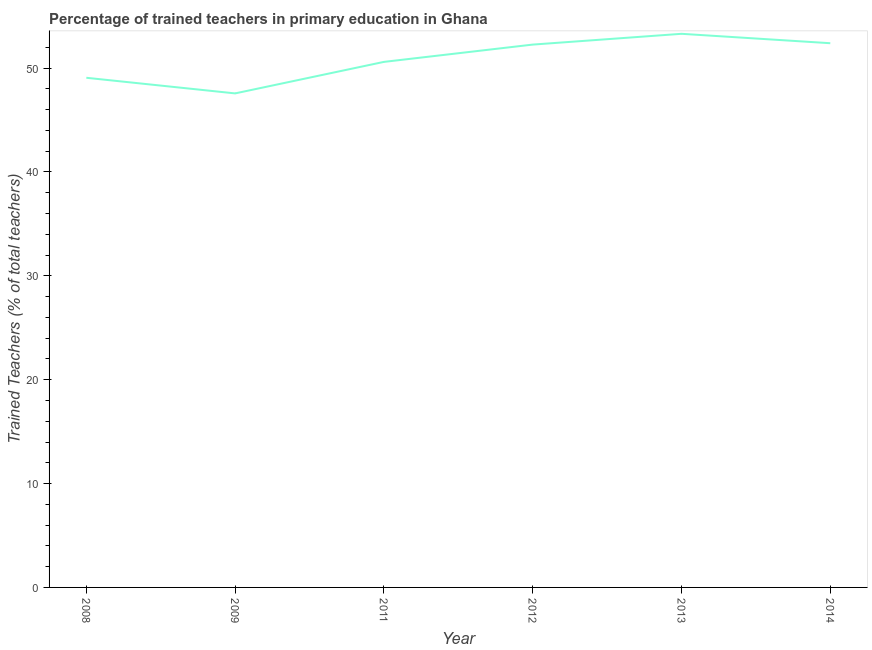
| Year | Trained teacher |
 | --- | --- |
 | 2008 | 49.1 |
 | 2009 | 47.6 |
 | 2011 | 50.6 |
 | 2012 | 52.3 |
 | 2013 | 53.3 |
 | 2014 | 52.4 |